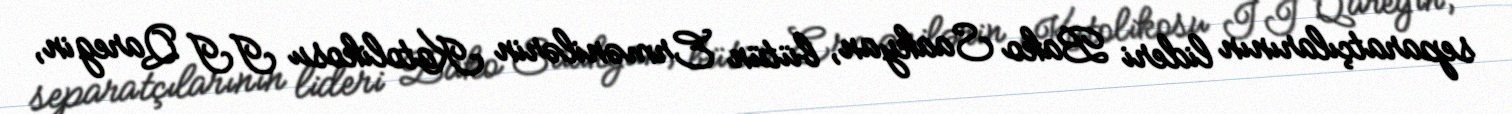
separatçılarının lideri Bako Saakyan, bütün Ermənilərin Katolikosu II Qaregin,